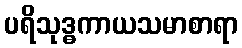
ပရိသုဒ္ဓကာယသမာစာရာ